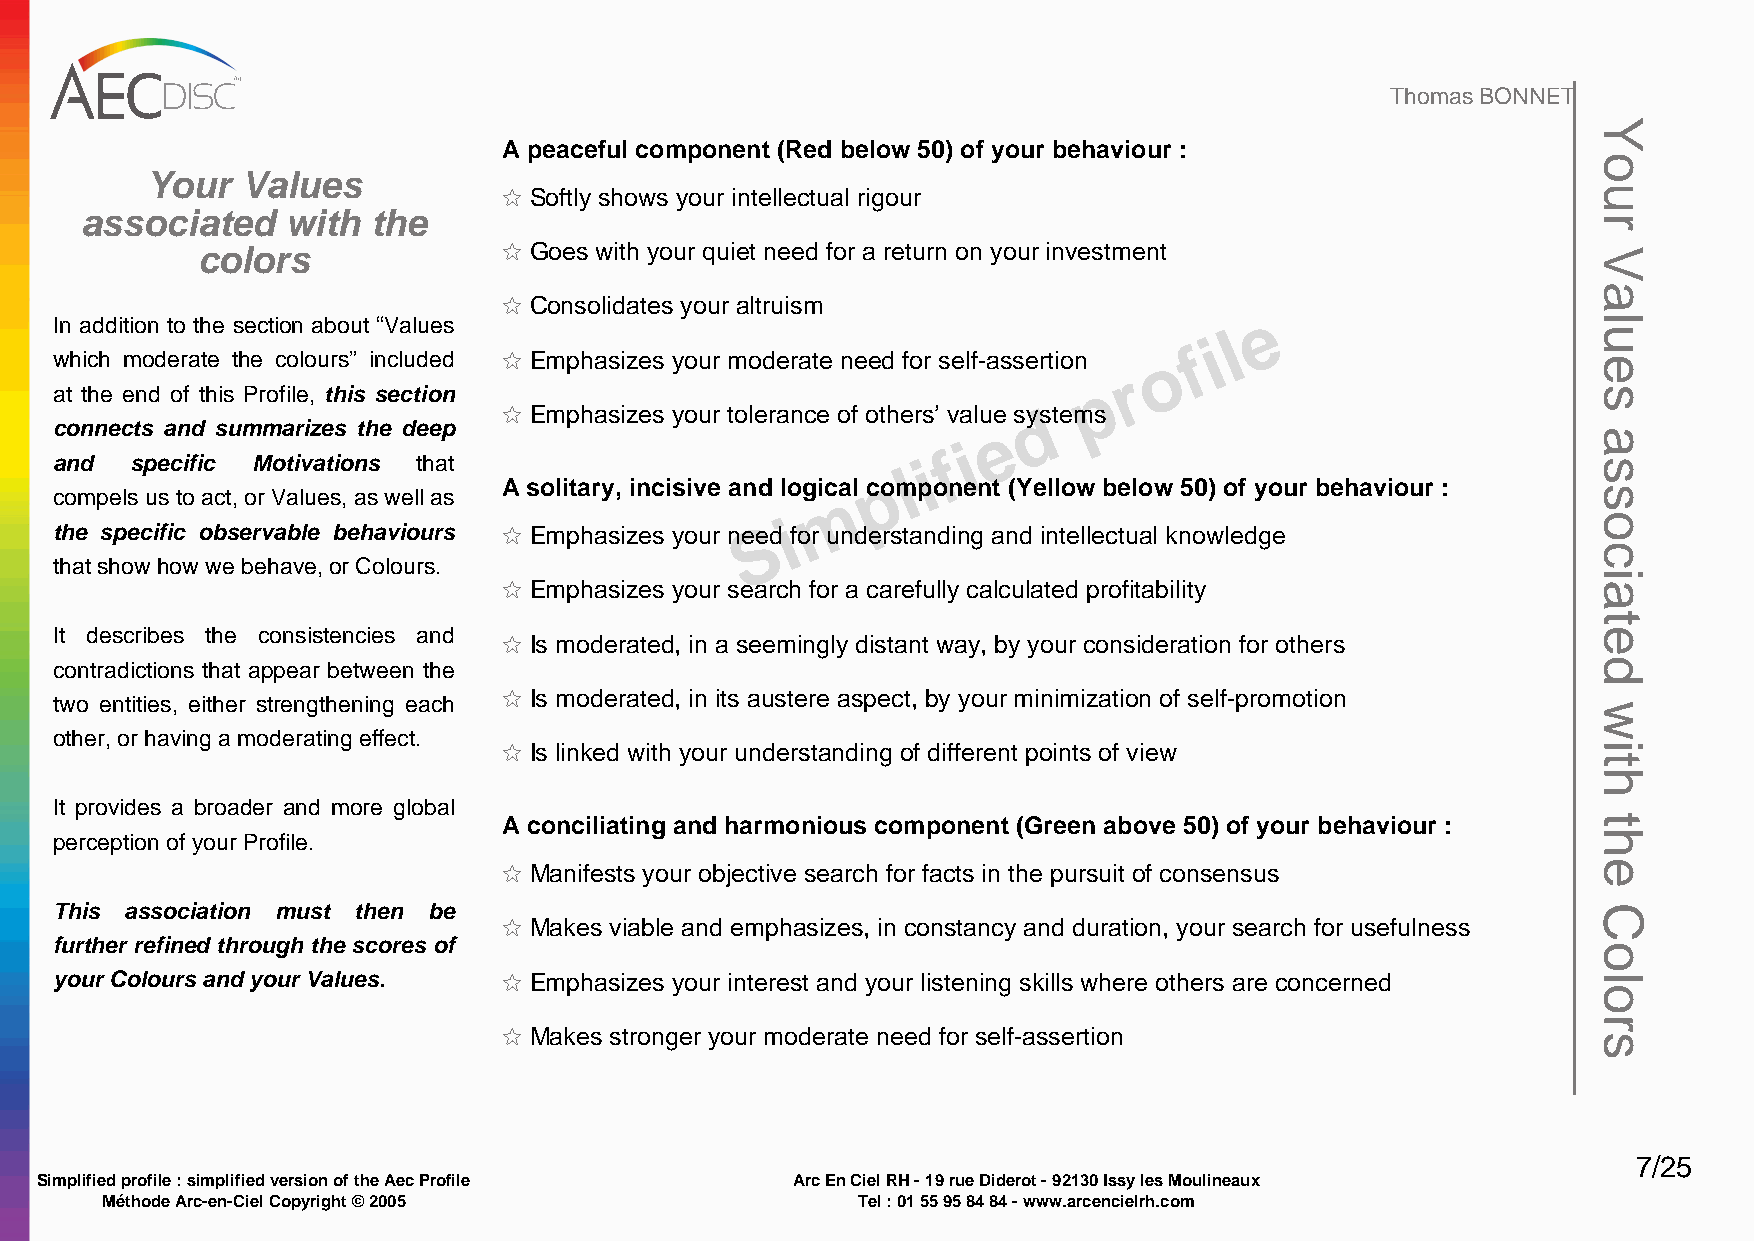
Thomas BONNET
 A peaceful component (Red below 50) of your behaviour :
 Your  Values
 I Softly shows your intellectual rigour
 associated    with  the
 colors              I Goes with your quiet need for a return on your investment
 I Consolidates your altruism
 e
 In addition to the section about “Values
 l
 i
 which moderate the colours” included I Emphasizes your moderate need for self-assertion o f
 r
 p
 at the end of this Profile, this section
 I Emphasizes your tolerance of others’ value sydste ms
 connects and summarizes the deep                              e
 i
 f
 and  specific Motivations that                           i
 l
 p
 A solitary, incisive and logical component (Yellow below 50) of your behaviour :
 compels us to act, or Values, as well as          m
 i
 the specific observable behaviours I Emphasizes your neSed for understanding and intellectual knowledge
 that show how we behave, or Colours.
 I Emphasizes your search for a carefully calculated profitability
 It describes the consistencies and I Is moderated, in a seemingly distant way, by your consideration for others
 contradictions that appear between the
 I Is moderated, in its austere aspect, by your minimization of self-promotion
 two entities, either strengthening each
 other, or having a moderating effect.
 I Is linked with your understanding of different points of view
 It provides a broader and more global
 A conciliating and harmonious component (Green above 50) of your behaviour :
 perception of your Profile.
 I Manifests your objective search for facts in the pursuit of consensus
 This association must then be
 I Makes viable and emphasizes, in constancy and duration, your search for usefulness
 further refined through the scores of
 your Colours and your Values. I Emphasizes your interest and your listening skills where others are concerned
 I Makes stronger your moderate need for self-assertion
 7/25
 Simplified profile : simplified version of the Aec Profile Arc En Ciel RH - 19 rue Diderot - 92130 Issy les Moulineaux
 Méthode Arc-en-Ciel Copyright © 2005              Tel : 01 55 95 84 84 - www.arcencielrh.com
 Your
 Values
 associated
 with
 the
 Colors